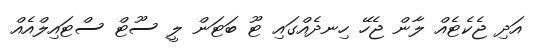
އަދި ޖެކެޓެއް ލާން ޖެހޭ ހިނދެއްގައި ޓޫ ބަޓަން ލީ ސޫޓް ސްޓައިލްއެއް